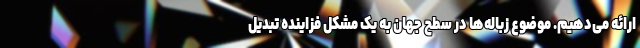
ارائه می‌دهیم. موضوع زباله‌ها در سطح جهان به یک مشکل فزاینده تبدیل